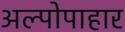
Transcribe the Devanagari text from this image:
अल्पोपाहार